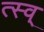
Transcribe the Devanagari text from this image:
त्स्व्